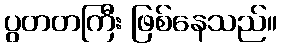
ပွတတကြီး ဖြစ်နေသည်။